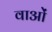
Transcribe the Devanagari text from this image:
वाओं